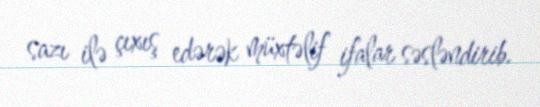
sazı ilə çıxış edərək müxtəlif ifalar səsləndirib.